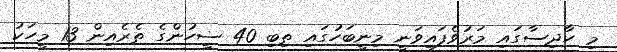
މި ހާދިސާގައި މަރުވެފައިވަނީ މިނީބަހުގައި ތިބި 40 ޟީހުންގެ ތެރެއިން 13 މީހަކު